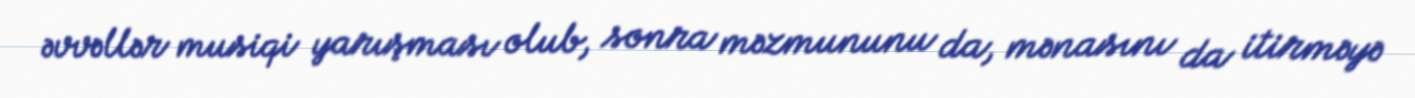
əvvəllər musiqi yarışması olub, sonra məzmununu da, mənasını da itirməyə